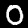
Digit: 0